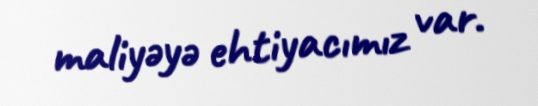
maliyəyə ehtiyacımız var.